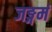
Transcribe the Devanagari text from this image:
जङ्गमं